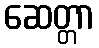
ဆေတ္တာ